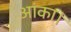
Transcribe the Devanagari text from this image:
आंका।